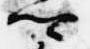
卿